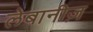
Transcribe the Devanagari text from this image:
लेबानीज़